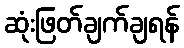
ဆုံးဖြတ်ချက်ချရန်